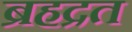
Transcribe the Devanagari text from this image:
ब्रहद्रत